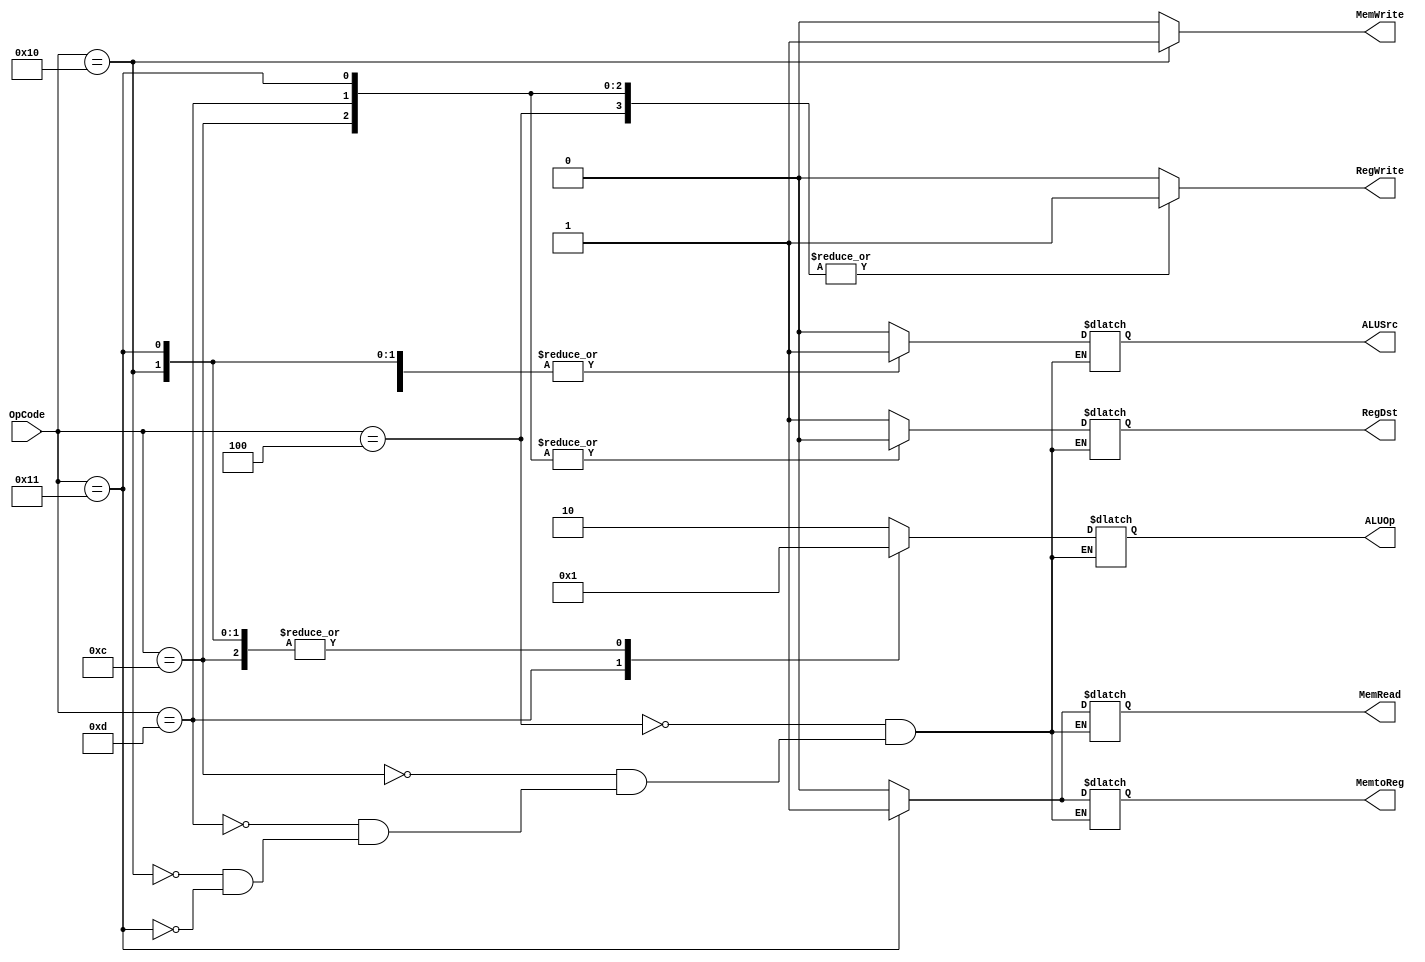
// I-type sub
`define I_type_sub 2'b00
// I-type add  
`define I_type_add 2'b01
module Control(
    input   [5:0]   OpCode,
    output reg          RegWrite,
    output reg  [1:0]   ALUOp,
    output reg          RegDst,
    output reg          ALUSrc,
    output reg          MemWrite, // write memory or not.
    output reg          MemRead,
    output reg          MemtoReg 
);

always@(OpCode)
    begin
        case (OpCode)
            6'd 4:  
                begin
                    RegWrite =  1'b 1; // R format.
                    ALUOp = 2'b 10;
                    RegDst = 1; // R format.
                    ALUSrc = 0;
                    MemWrite = 0;
                    MemRead = 0;
                    MemtoReg = 0;
                end
            // I format.
            6'd 12: // addiu
                begin
                    RegWrite = 1'b 1;
                    ALUOp = `I_type_add;
                    RegDst = 0; // I format -> write into Rt
                    ALUSrc = 1;
                    MemWrite = 0;
                    MemRead = 0;
                    MemtoReg = 0;
                end
            6'd 13: // subiu
                begin
                    RegWrite = 1'b 1;
                    ALUOp = `I_type_sub;
                    RegDst = 0; // I format -> write into Rt
                    ALUSrc = 1;
                    MemWrite=0;
                    MemRead = 0;
                    MemtoReg = 0;
                end
            6'd 16: // sw
                begin
                    RegWrite = 1'b 0;
                    ALUOp = `I_type_add;
                    RegDst = 1'b x; // I format -> write into Rt
                    ALUSrc = 1;
                    MemWrite = 1;
                    MemRead = 0;
                    MemtoReg = 1'b x; // Since the SW would not read the value from memory.
                end
            6'd 17: // lw
                begin
                    RegWrite = 1'b 1;
                    ALUOp = `I_type_add;
                    RegDst = 0; // I format -> write into Rt
                    ALUSrc = 1;
                    MemWrite = 0;
                    MemRead = 1;
                    MemtoReg= 1;
                end
            default:
                begin
                    MemWrite = 0;
                    RegWrite = 0;
                end
        endcase
    
    end

endmodule